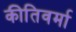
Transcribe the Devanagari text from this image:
कीतिवर्मा